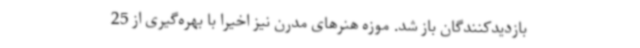
بازدیدکنندگان باز شد. موزه هنرهای مدرن نیز اخیرا با بهره‌گیری از 25